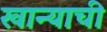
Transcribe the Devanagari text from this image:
खान्याची